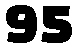
95